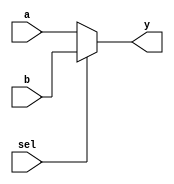
`timescale 1ns / 1ps
//////////////////////////////////////////////////////////////////////////////////
// Company: 
// 
// Design Name: 
// Module Name: mux2
// Project Name: 
// Target Devices: 
// Tool Versions: 
// Description: 
// 
// Dependencies: 
// 
// Revision:
// Revision 0.01 - File Created
// Additional Comments:
// 
//////////////////////////////////////////////////////////////////////////////////


module mux2 #(parameter mux_width= 32) 
(   input [mux_width-1:0] a,b,
    input sel,
    output [mux_width-1:0] y
    );

    assign y = sel ? b : a; //picks A for 0, B for 1
endmodule